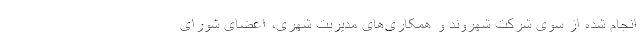
انجام شده از سوی شرکت شهروند و همکاری‌های مدیریت شهری، اعضای شورای